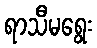
ရာသီမရွေး